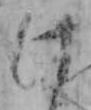
け